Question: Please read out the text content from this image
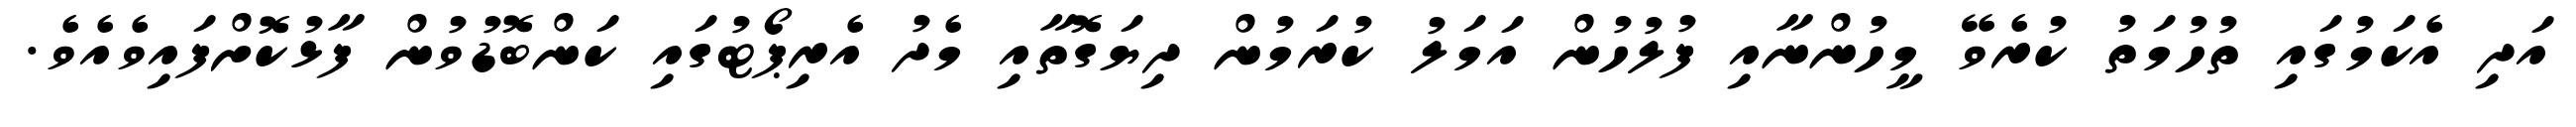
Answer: އަދި އެކަމުގައި ތުހުމަތު ކުރެވޭ މީހުންނާއި ފުލުހުން އަމަލު ކުރަމުން ދިޔަގޮތާއި މެދު އެރިޕޯޓުގައި ކަންބޮޑުވުން ފާޅުކޮށްފައިވެއެވެ.